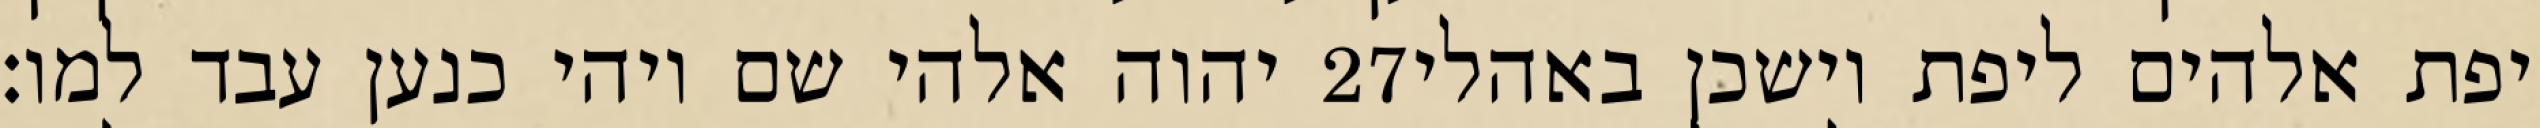
יהוה אלהי שם ויהי כנען עבד למו׃ ‎27‏ יפת אלהים ליפת וישכן באהלי